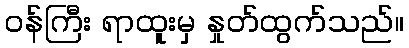
ဝန်ကြီး ရာထူးမှ နှုတ်ထွက်သည်။